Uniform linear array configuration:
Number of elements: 12
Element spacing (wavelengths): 0.5
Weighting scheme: blackman
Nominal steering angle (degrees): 60
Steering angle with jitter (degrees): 61.097
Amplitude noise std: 0.05
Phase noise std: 0.05

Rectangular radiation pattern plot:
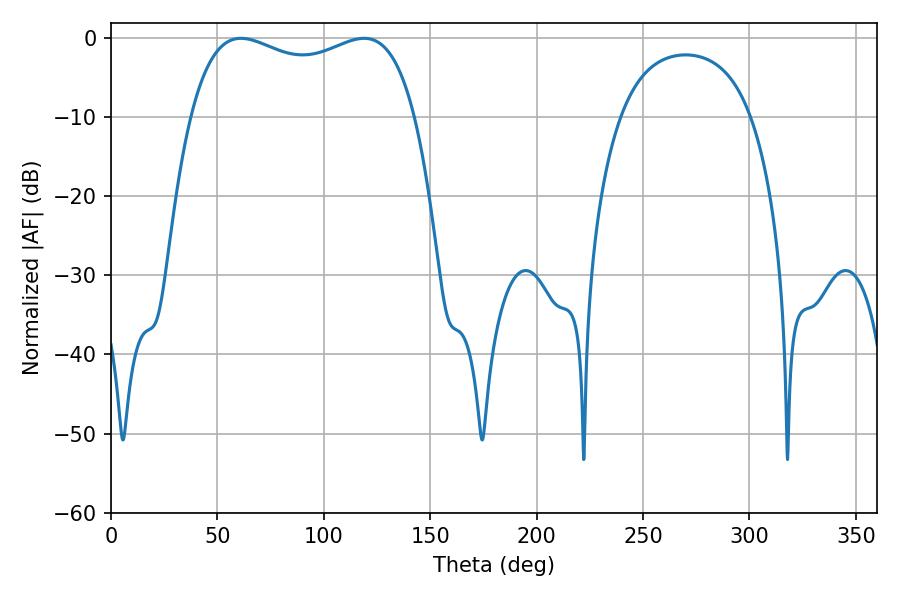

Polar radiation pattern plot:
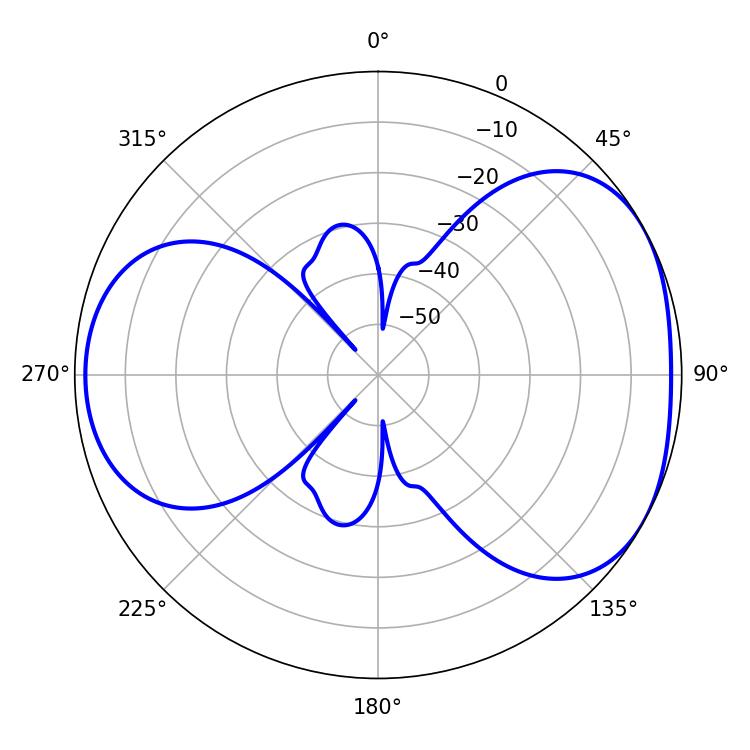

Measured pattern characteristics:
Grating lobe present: FALSE
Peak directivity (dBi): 4.427
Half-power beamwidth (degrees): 86.76
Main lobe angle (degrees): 61.02